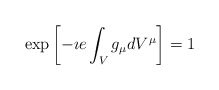
\begin{align*}\exp\left[-\imath e\int_{V}g_{\mu}dV^{\mu}\right]=1\end{align*}